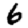
Digit: 6